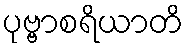
ပုဗ္ဗာစရိယာတိ